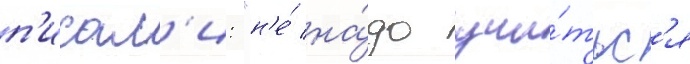
п'исал'и: "н'е́ на́до учи́тьс'я